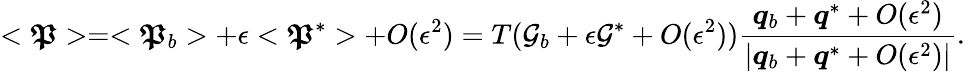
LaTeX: <\boldsymbol{\mathfrak{P}}>=<\boldsymbol{\mathfrak{P}}_{b}>+\epsilon<\boldsymbol{\mathfrak{P}}^{*}>+O(\epsilon^{2})=T(\mathcal{{G}}_{b}+\epsilon\mathcal{{G}}^{*}+O(\epsilon^{2}))\frac{{\boldsymbol{q}_{b}+\boldsymbol{q}^{*}+O(\epsilon^{2})}}{{|\boldsymbol{q}_{b}+\boldsymbol{q}^{*}+O(\epsilon^{2})|}}.